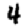
Digit: 4